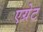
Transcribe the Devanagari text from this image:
एग्रेट